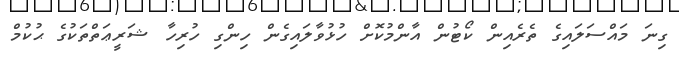
ގިނަ މައްސަލައިގެ ތެރެއިން ކޯޓުން އާންމުކޮށް ހުޅުވާލައިގެން ހިންގި ހުރިހާ ޝަރީޢަތްތަކުގެ ޙުކުމް